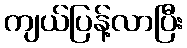
ကျယ်ပြန့်လာပြီး